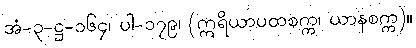
အံ-၃-ဋ္ဌ-၁၆၄၊ ပါ-၁၇၉၊ (ဣရိယာပထစက္က၊ ယာနစက္က)။